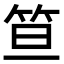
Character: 笪